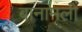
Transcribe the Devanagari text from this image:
बानामली